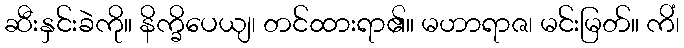
ဆီးနှင်းခဲကို။ နိက္ခိပေယျ၊ တင်ထားရာ၏။ မဟာရာဇ၊ မင်းမြတ်။ ကိံ၊